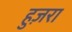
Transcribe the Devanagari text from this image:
हुज़रा